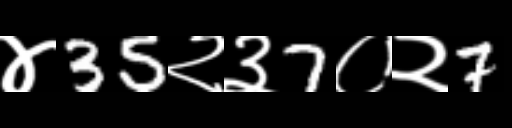
Text: ४35२३7०२7